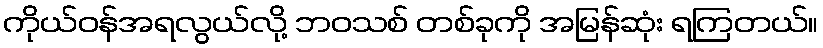
ကိုယ်ဝန်အရလွယ်လို့ ဘဝသစ် တစ်ခုကို အမြန်ဆုံး ရကြတယ်။